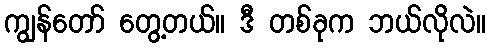
ကျွန်တော် တွေ့တယ်။ ဒီ တစ်ခုက ဘယ်လိုလဲ။